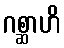
ဂစ္ဆာဟိ